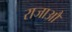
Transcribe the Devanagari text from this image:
राजाऔ